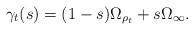
LaTeX: \begin{align*}\gamma_{t}(s)=(1-s)\Omega_{\rho_{t}}+s\Omega_{\infty}.\end{align*}